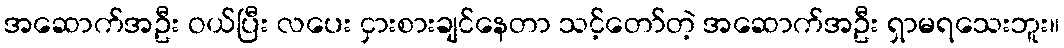
အဆောက်အဦး ဝယ်ပြီး လပေး ငှားစားချင်နေတာ သင့်တော်တဲ့ အဆောက်အဦး ရှာမရသေးဘူး။